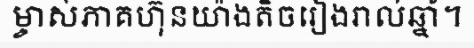
ម្ចាស់ភាគហ៊ុនយ៉ាងតិចរៀងរាល់ឆ្នាំ។